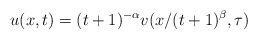
\begin{align*}\sl u(x,t)=(t+1)^{-\alpha} v(x/(t+1)^{\beta}, \tau)\normalcolor\end{align*}